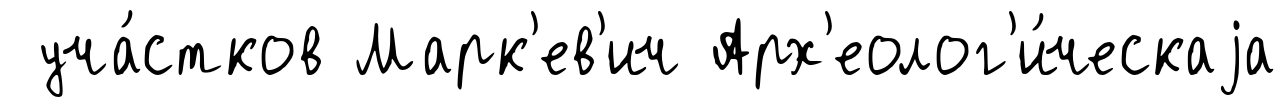
уча́стков Марк'ев'ич Арх'еолог'и́ческаjа